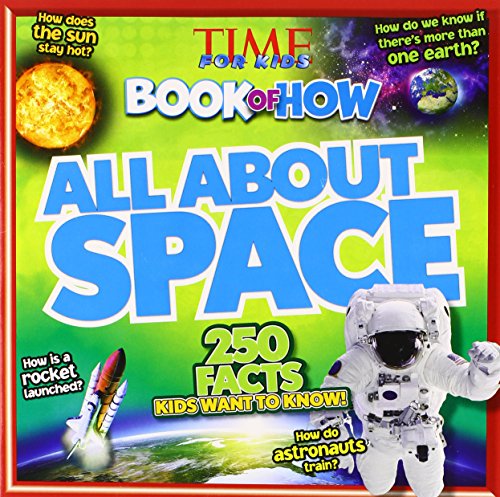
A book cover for Time For Kids Book of How: All About Space; Editors of TIME For Kids Magazine; Children's Books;